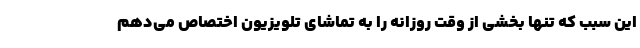
این سبب که تنها بخشی از وقت روزانه را به تماشای تلویزیون اختصاص می‌دهم